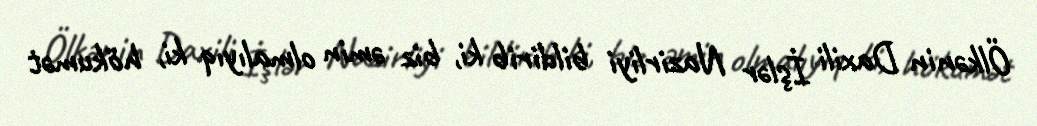
Ölkənin Daxili İşlər Nazirliyi bildirib ki, biz əmin olmalıyıq ki, hökumət